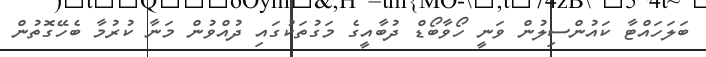
ބަލަހައްޓާ ކައުންސިލުން ވަނީ ހޯވާބޯޑް ދުބާއީގެ މަގުތަކުގައި ދުއްވުން މަނާ ކުރުމާ ބެހޭގޮތުން